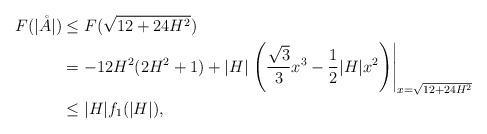
LaTeX: \begin{align*}F(\vert\mathring{A}\vert)&\le F(\sqrt{12+24H^2})\\&= -12H^2 (2H^2+1) + \vert H\vert\left.\left(\frac{\sqrt{3}}{3} x^3-\frac{1}{2} \vert H\vert x^2\right)\right\vert_{x=\sqrt{12+24H^2}}\\ &\le \vert H\vert f_1(\vert H\vert),\end{align*}